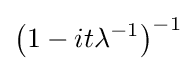
\left(1-it\lambda ^{-1}\right)^{-1}